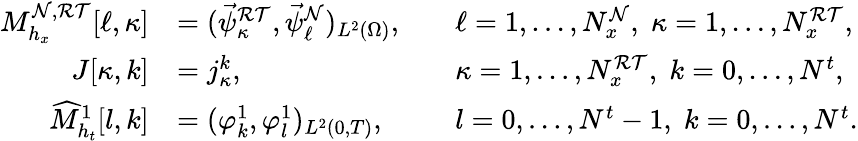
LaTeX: \begin{array}{rlrl}{M_{h_{x}}^{\mathcal{N},\mathcal{RT}}[\ell,\kappa]}&{=(\vec{\psi}_{\kappa}^{\mathcal{RT}},\vec{\psi}_{\ell}^{\mathcal{N}})_{L^{2}(\Omega)},}&&{\ell=1,\dots,N_{x}^{\mathcal{N}},\; \kappa=1,\dots,N_{x}^{\mathcal{RT}},}\\ {J[\kappa,k]}&{=j_{\kappa}^{k},}&&{\kappa=1,\dots,N_{x}^{\mathcal{RT}},\; k=0,\dots,N^{t},}\\ {\widehat M_{h_{t}}^{1}[l,k]}&{=(\varphi_{k}^{1},\varphi_{l}^{1})_{L^{2}(0,T)},}&&{l=0,\dots,N^{t}-1,\; k=0,\dots,N^{t}.}\end{array}